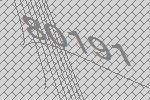
80191